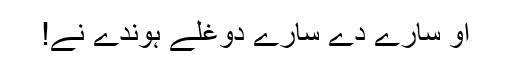
اُو سارے دے سارے دوغلے ہوندے نے!